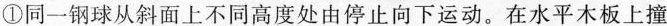
①同一钢球从斜面上不同高度处由停止向下运动。在水平木板上撞